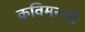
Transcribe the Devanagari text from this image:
कविमनाचे